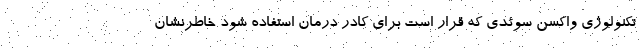
تکنولوژی واکسن سوئدی که قرار است برای کادر درمان استفاده شود خاطرنشان